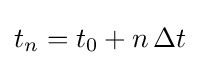
t_{n}=t_{0}+n\,\Delta t